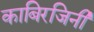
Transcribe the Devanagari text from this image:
काबिरजिनी